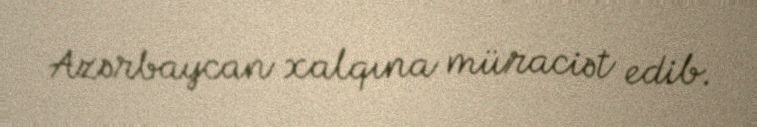
Azərbaycan xalqına müraciət edib.